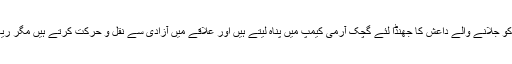
دو ہفتے پہلے پنجگور کے علاقے گچک میں ذکریوں کی عبادت گاہوں کو جلانے والے داعش کا جھنڈا لئے گچک آرمی کیمپ میں پناہ لیتے ہیں اور علاقے میں آزادی سے نقل و حرکت کرتے ہیں مگر ریاست اور ریاستی میڈیا بلوچستان میں داعش کی موجودگی سے منکر ہے۔